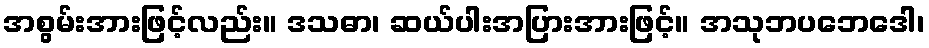
အစွမ်းအားဖြင့်လည်း။ ဒသဓာ၊ ဆယ်ပါးအပြားအားဖြင့်။ အသုဘပဘေဒေါ၊